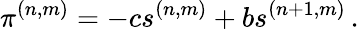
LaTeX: \pi^{(n,m)}=-cs^{(n,m)}+bs^{(n+1,m)}\, .